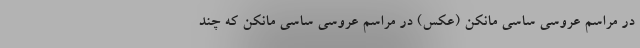
در مراسمِ عروسی ساسی مانکن (عکس) در مراسمِ عروسی ساسی مانکن که چند